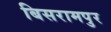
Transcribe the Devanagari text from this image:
बिसरामपुर